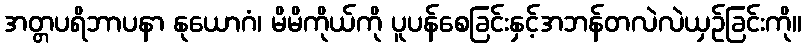
အတ္တပရိဘာပနာ နုယောဂံ၊ မိမိကိုယ်ကို ပူပန်စေခြင်းနှင့်အဘန်တလဲလဲယှဉ်ခြင်းကို။